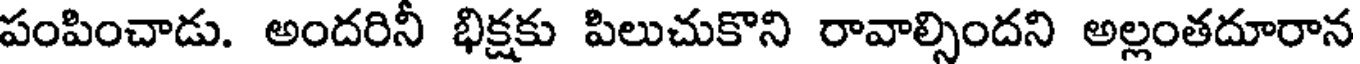
పంపించాడు. అందరినీ భిక్షకు పిలుచుకొని రావాల్సిందని అల్లంతదూరాన